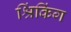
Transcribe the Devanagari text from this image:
श्रिंकिंग